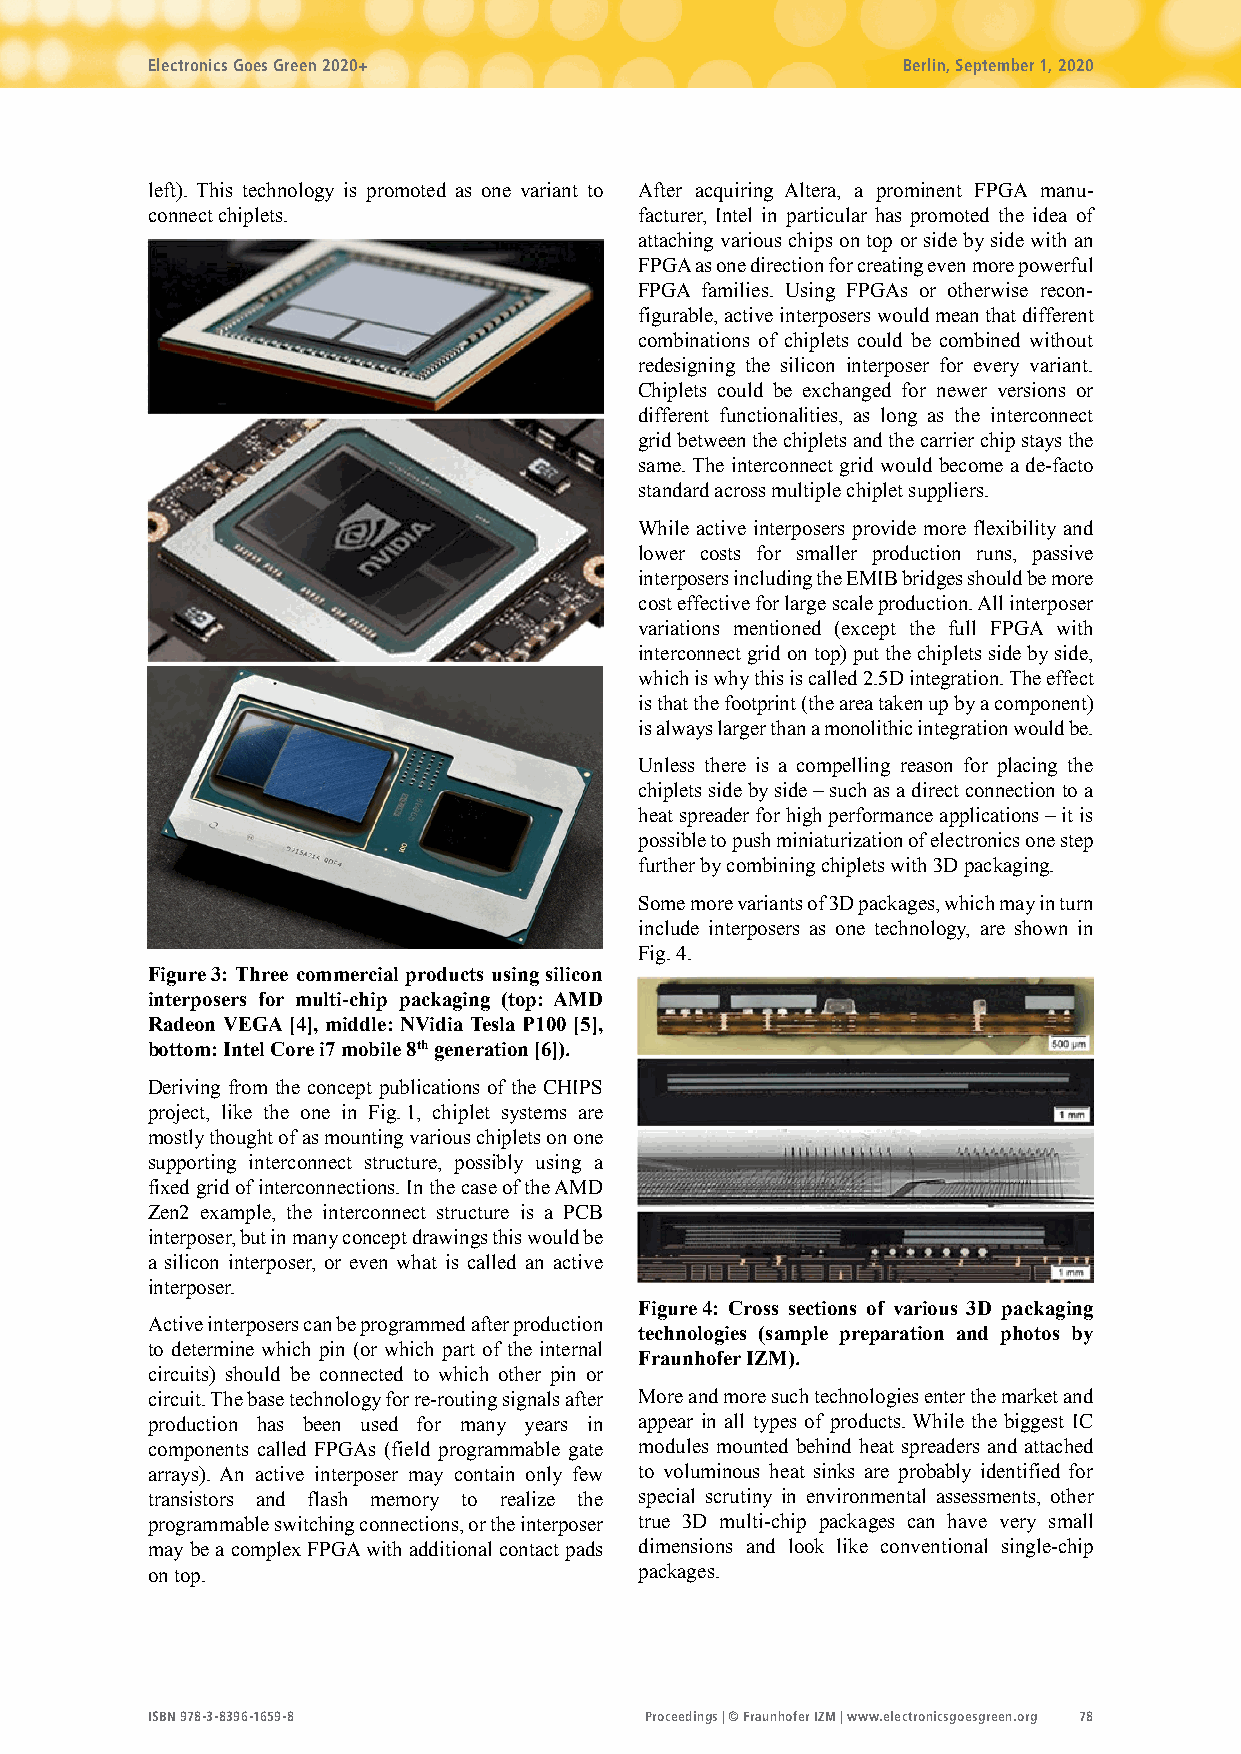
Electronics Goes Green 2020+                      Berlin, September 1, 2020
 left). This technology is promoted as one variant to After acquiring Altera, a prominent FPGA manu-
 connect chiplets.               facturer, Intel in particular has promoted the idea of
 attaching various chips on top or side by side with an
 FPGA as one direction for creating even more powerful
 FPGA families. Using FPGAs or otherwise recon-
 figurable, active interposers would mean that different
 combinations of chiplets could be combined without
 redesigning the silicon interposer for every variant.
 Chiplets could be exchanged for newer versions or
 different functionalities, as long as the interconnect
 grid between the chiplets and the carrier chip stays the
 same. The interconnect grid would become a de-facto
 standard across multiple chiplet suppliers.
 While active interposers provide more flexibility and
 lower costs for smaller production runs, passive
 interposers including the EMIB bridges should be more
 cost effective for large scale production. All interposer
 variations mentioned (except the full FPGA with
 interconnect grid on top) put the chiplets side by side,
 which is why this is called 2.5D integration. The effect
 is that the footprint (the area taken up by a component)
 is always larger than a monolithic integration would be.
 Unless there is a compelling reason for placing the
 chiplets side by side – such as a direct connection to a
 heat spreader for high performance applications – it is
 possible to push miniaturization of electronics one step
 further by combining chiplets with 3D packaging.
 Some more variants of 3D packages, which may in turn
 include interposers as one technology, are shown in
 Fig. 4.
 Figure 3: Three commercial products using silicon
 interposers for multi-chip packaging (top: AMD
 Radeon VEGA [4], middle: NVidia Tesla P100 [5],
 bottom: Intel Core i7 mobile 8th generation [6]).
 Deriving from the concept publications of the CHIPS
 project, like the one in Fig. 1, chiplet systems are
 mostly thought of as mounting various chiplets on one
 supporting interconnect structure, possibly using a
 fixed grid of interconnections. In the case of the AMD
 Zen2 example, the interconnect structure is a PCB
 interposer, but in many concept drawings this would be
 a silicon interposer, or even what is called an active
 interposer.
 Figure 4: Cross sections of various 3D packaging
 Active interposers can be programmed after production
 technologies (sample preparation and photos by
 to determine which pin (or which part of the internal
 Fraunhofer IZM).
 circuits) should be connected to which other pin or
 circuit. The base technology for re-routing signals after More and more such technologies enter the market and
 production has been used for many years in appear in all types of products. While the biggest IC
 components called FPGAs (field programmable gate modules mounted behind heat spreaders and attached
 arrays). An active interposer may contain only few to voluminous heat sinks are probably identified for
 transistors and flash memory to realize the special scrutiny in environmental assessments, other
 programmable switching connections, or the interposer true 3D multi-chip packages can have very small
 may be a complex FPGA with additional contact pads dimensions and look like conventional single-chip
 on top.                         packages.
 ISBN 978-3-8396-1659-8           Proceedings | © Fraunhofer IZM | www.electronicsgoesgreen.org 78